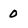
Character: 0